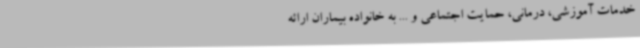
خدمات آموزشی، درمانی، حمایت اجتماعی و ... به خانواده بیماران ارائه